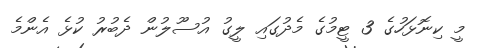
މީ ކިނޮޅަހުގެ 3 ޓީމުގެ މެދުގައި ލީގު އުސޫލުން ދެބުރު ކުޅެ އެންމެ